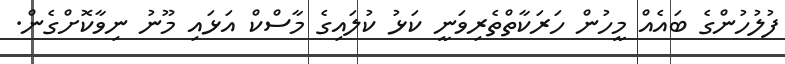
ފުލުހުންގެ ބައެއް މީހުން ހަރަކާތްތެރިވަނީ ކަޅު ކުލައިގެ މާސްކް އަޅައި މޫނު ނިވާކޮށްގެން.